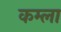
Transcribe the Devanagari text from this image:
कम्ला